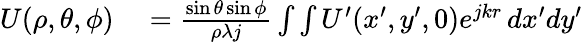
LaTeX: \begin{array}{rl}{U(\rho,\theta,\phi)}&{{}=\frac{\sin{\theta}\sin{\phi}}{\rho\lambda j}\int\int U^{\prime}(x^{\prime},y^{\prime},0){e^{jkr}}\, dx^{\prime}dy^{\prime}}\end{array}